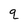
Character: q